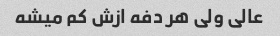
عالی ولی هر دفه ازش کم میشه